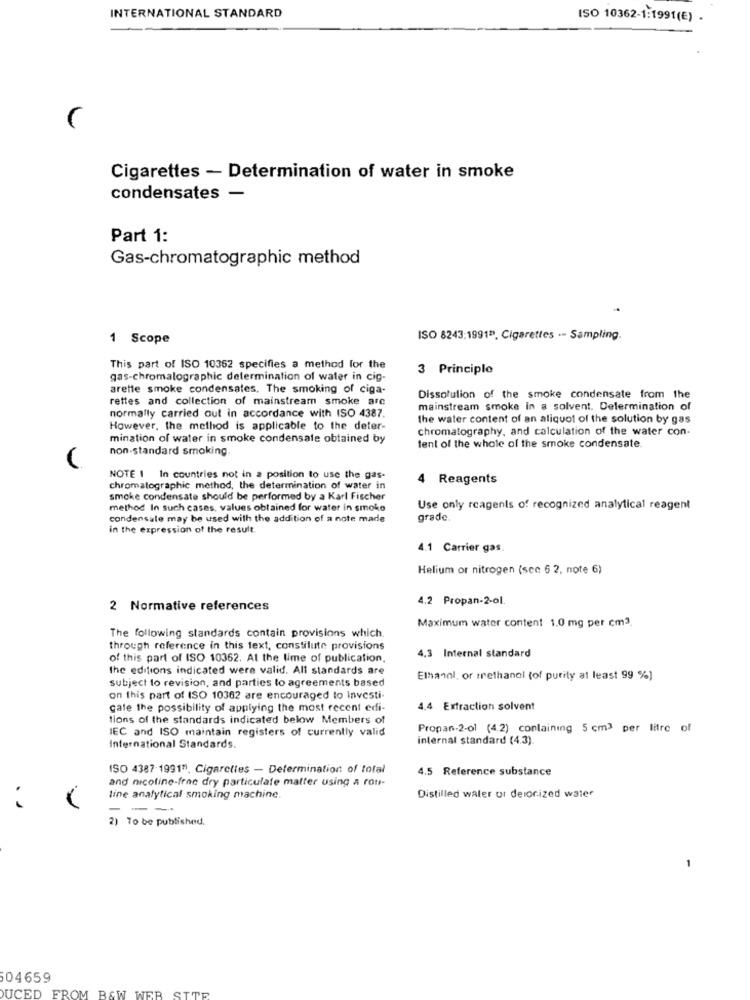
INTERNATIONAL STANDARD
ISO 10362-1:1991(€) .
Cigarettes - Determination of water in smoke
condensates -
Part 1:
Gas-chromatographic method
1 Scope
ISO 8243;1991ª. Cigarettes -- Sampling.
This part of ISO 10352 specifies a method for the
3 Principle
gas-chromatographic determination of water in cig-
arette smoke condensales, The smoking of ciga-
rettes and collection of mainstream smoke are
Dissolution of the smoke condensate from the
mainstream smoke in a solvent. Delermination of
normally carried out in accordance with ISO 4387.
the water content of an aliquot of the solution by gas
However, the method is applicable to the deter-
chromatography, and calculation of the water con-
mination of water in smoke condensate obtained by
non-standard smoking.
tent of the whole of the smoke condensate.
NOTE 1 In countries not in a position to use the gas-
4 Reagents
chromatographic method, the determination of water in
smoke condensate should be performed by a Karl Fischer
method In such cases, values obtained for water in smoke
Use only reagents of recognized analytical reagent
condensale may be used with the addition of a note made
grade.
in the expression of the result.
4.1 Carrier gas.
Helium or nitrogen (scc 6 2. note 6)
4.2 Propan-2-01.
2 Normative references
Maximum water content 1.0 mg per cm3.
The following standards contain provisions which.
through reference in this text, constitute provisions
4,3 Internal standard
of this part of ISO 10362. At the lime of publication,
the editions indicated were valid. All standards are
subject to revision, and parties to agreements based
Ethanol, or methanol (of purity at least 99 %]
on this part of ISO 10362 are encouraged to Investi
cate the possibility of applying the most recent edi-
4.4 Extraction solvent
tions of the standards indicated below Members of
EC and ISO maintain registers of currently valid
Propan-2-o1 (4.2) containing 5 cm3 per litre of
internal standard (4.3).
International Standards.
ISO 4387.19917), Cigarettes - Determination of total
4.5 Reference substance
and nicotine-frac dry particulate matter using a roti-
line analytical smoking machine.
Distilled water or deiorized water
..
- ---
2) To be published.
04659
SITE
UCED FROM B&W WEB